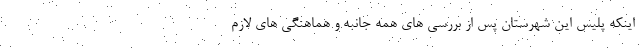
اینکه پلیس این شهرستان پس از بررسی های همه جانبه و هماهنگی های لازم